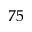
7 5